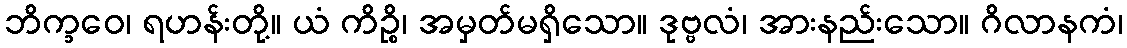
ဘိက္ခဝေ၊ ရဟန်းတို့။ ယံ ကိဉ္စိ၊ အမှတ်မရှိသော။ ဒုဗ္ဗလံ၊ အားနည်းသော။ ဂိလာနကံ၊